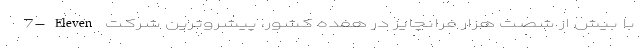
7-Eleven با بیش از شصت هزار فرانچایز در هفده کشور، پیشروترین شرکت